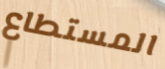
المستطاع